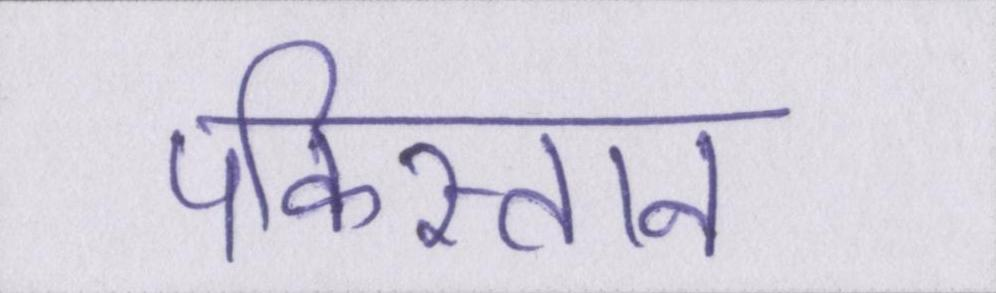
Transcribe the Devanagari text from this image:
पकिस्तान